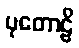
ပုတောဠိ